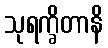
သုရက္ခိတာနိ